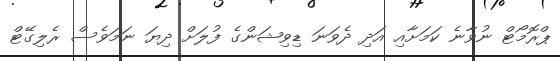
ޕްރޮމޯޓް ނުވާނެ ކަމަށާއި އަދި ދެވަނަ ޑިވިޝަންގެ ފުލަށް ދިޔަ ނަމަވެސް ރެލިގޭޓް